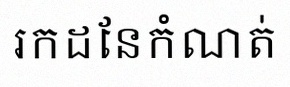
រកដែនកំណត់